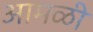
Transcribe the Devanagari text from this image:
आमळी